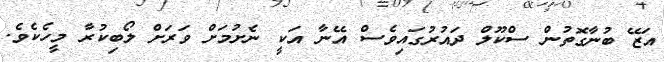
އަޒޭ ބުނާގޮތުން ސްކޫލް ދައުރުގައިވެސް އޭނާ އަކީ ނެށުމަށް ވަރަށް ލޯބިކުރާ މީހެކެވެ.